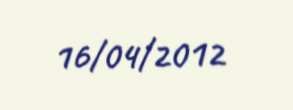
16/04/2012